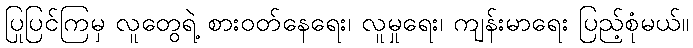
ပြုပြင်ကြမှ လူတွေရဲ့ စားဝတ်နေရေး၊ လူမှုရေး၊ ကျန်းမာရေး ပြည့်စုံမယ်။